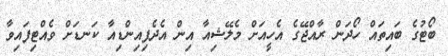
ބޯޓުގެ ބައިތައް ހޯދަން ރާއްޖޭގެ އެހީއަށް މެލޭޝިއާ އިން އެދެފިއިންޑިއާ ކަނޑަށް ވެއްޓިފައިވާ